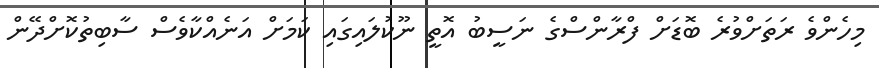
މިހެންވެ ރަތަށްވުރެ ބޮޑަށް ފްރާންސްގެ ނަސީބު އޮތީ ނޫކުލައިގައި ކަމަށް އަނެއްކާވެސް ސާބިތުކޮށްދޭން